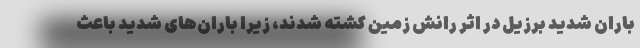
باران شدید برزیل در اثر رانش زمین کشته شدند، زیرا باران‌های شدید باعث